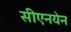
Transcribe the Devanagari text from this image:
सीएनयेन